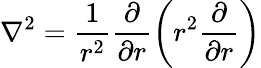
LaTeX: \nabla^{2}=\frac{1}{r^{2}}\frac{\partial}{\partial r}\left(r^{2}\frac{\partial}{\partial r}\right)